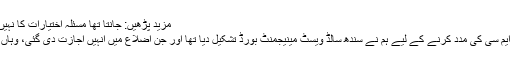
مزید پڑھیں: جانتا تھا مسئلہ اختیارات کا نہیں کرپشن کا ہے، مصطفیٰ کمال
وزیراعلیٰ سندھ نے کہا کہ ڈی ایم سی کی مدد کرنے کے لیے ہم نے سندھ سالڈ ویسٹ مینیجمنٹ بورڈ تشکیل دیا تھا اور جن اضلاع میں انہیں اجازت دی گئی، وہاں سے کچرا اٹھانا شروع کیا تھا۔